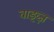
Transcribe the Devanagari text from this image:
वाइव्ज़